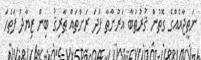
ނަތީޖާއެއްގެ ގޮތުން ޤުރުޠުބާ ޣަރުނާޠާ ފަދަ ރަށްތައް ޠާރިޤު ބިން ޒިޔާދު ފަތަހަ